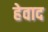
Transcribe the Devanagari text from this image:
हेवाद